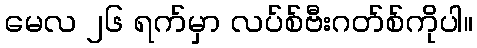
မေလ ၂၆ ရက်မှာ လပ်စ်ဗီးဂတ်စ်ကိုပါ။